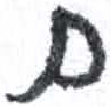
אות: ם